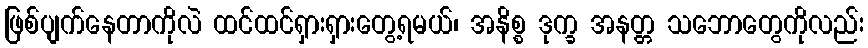
ဖြစ်ပျက်နေတာကိုလဲ ထင်ထင်ရှားရှားတွေ့ရမယ်၊ အနိစ္စ ဒုက္ခ အနတ္တ သဘောတွေကိုလည်း